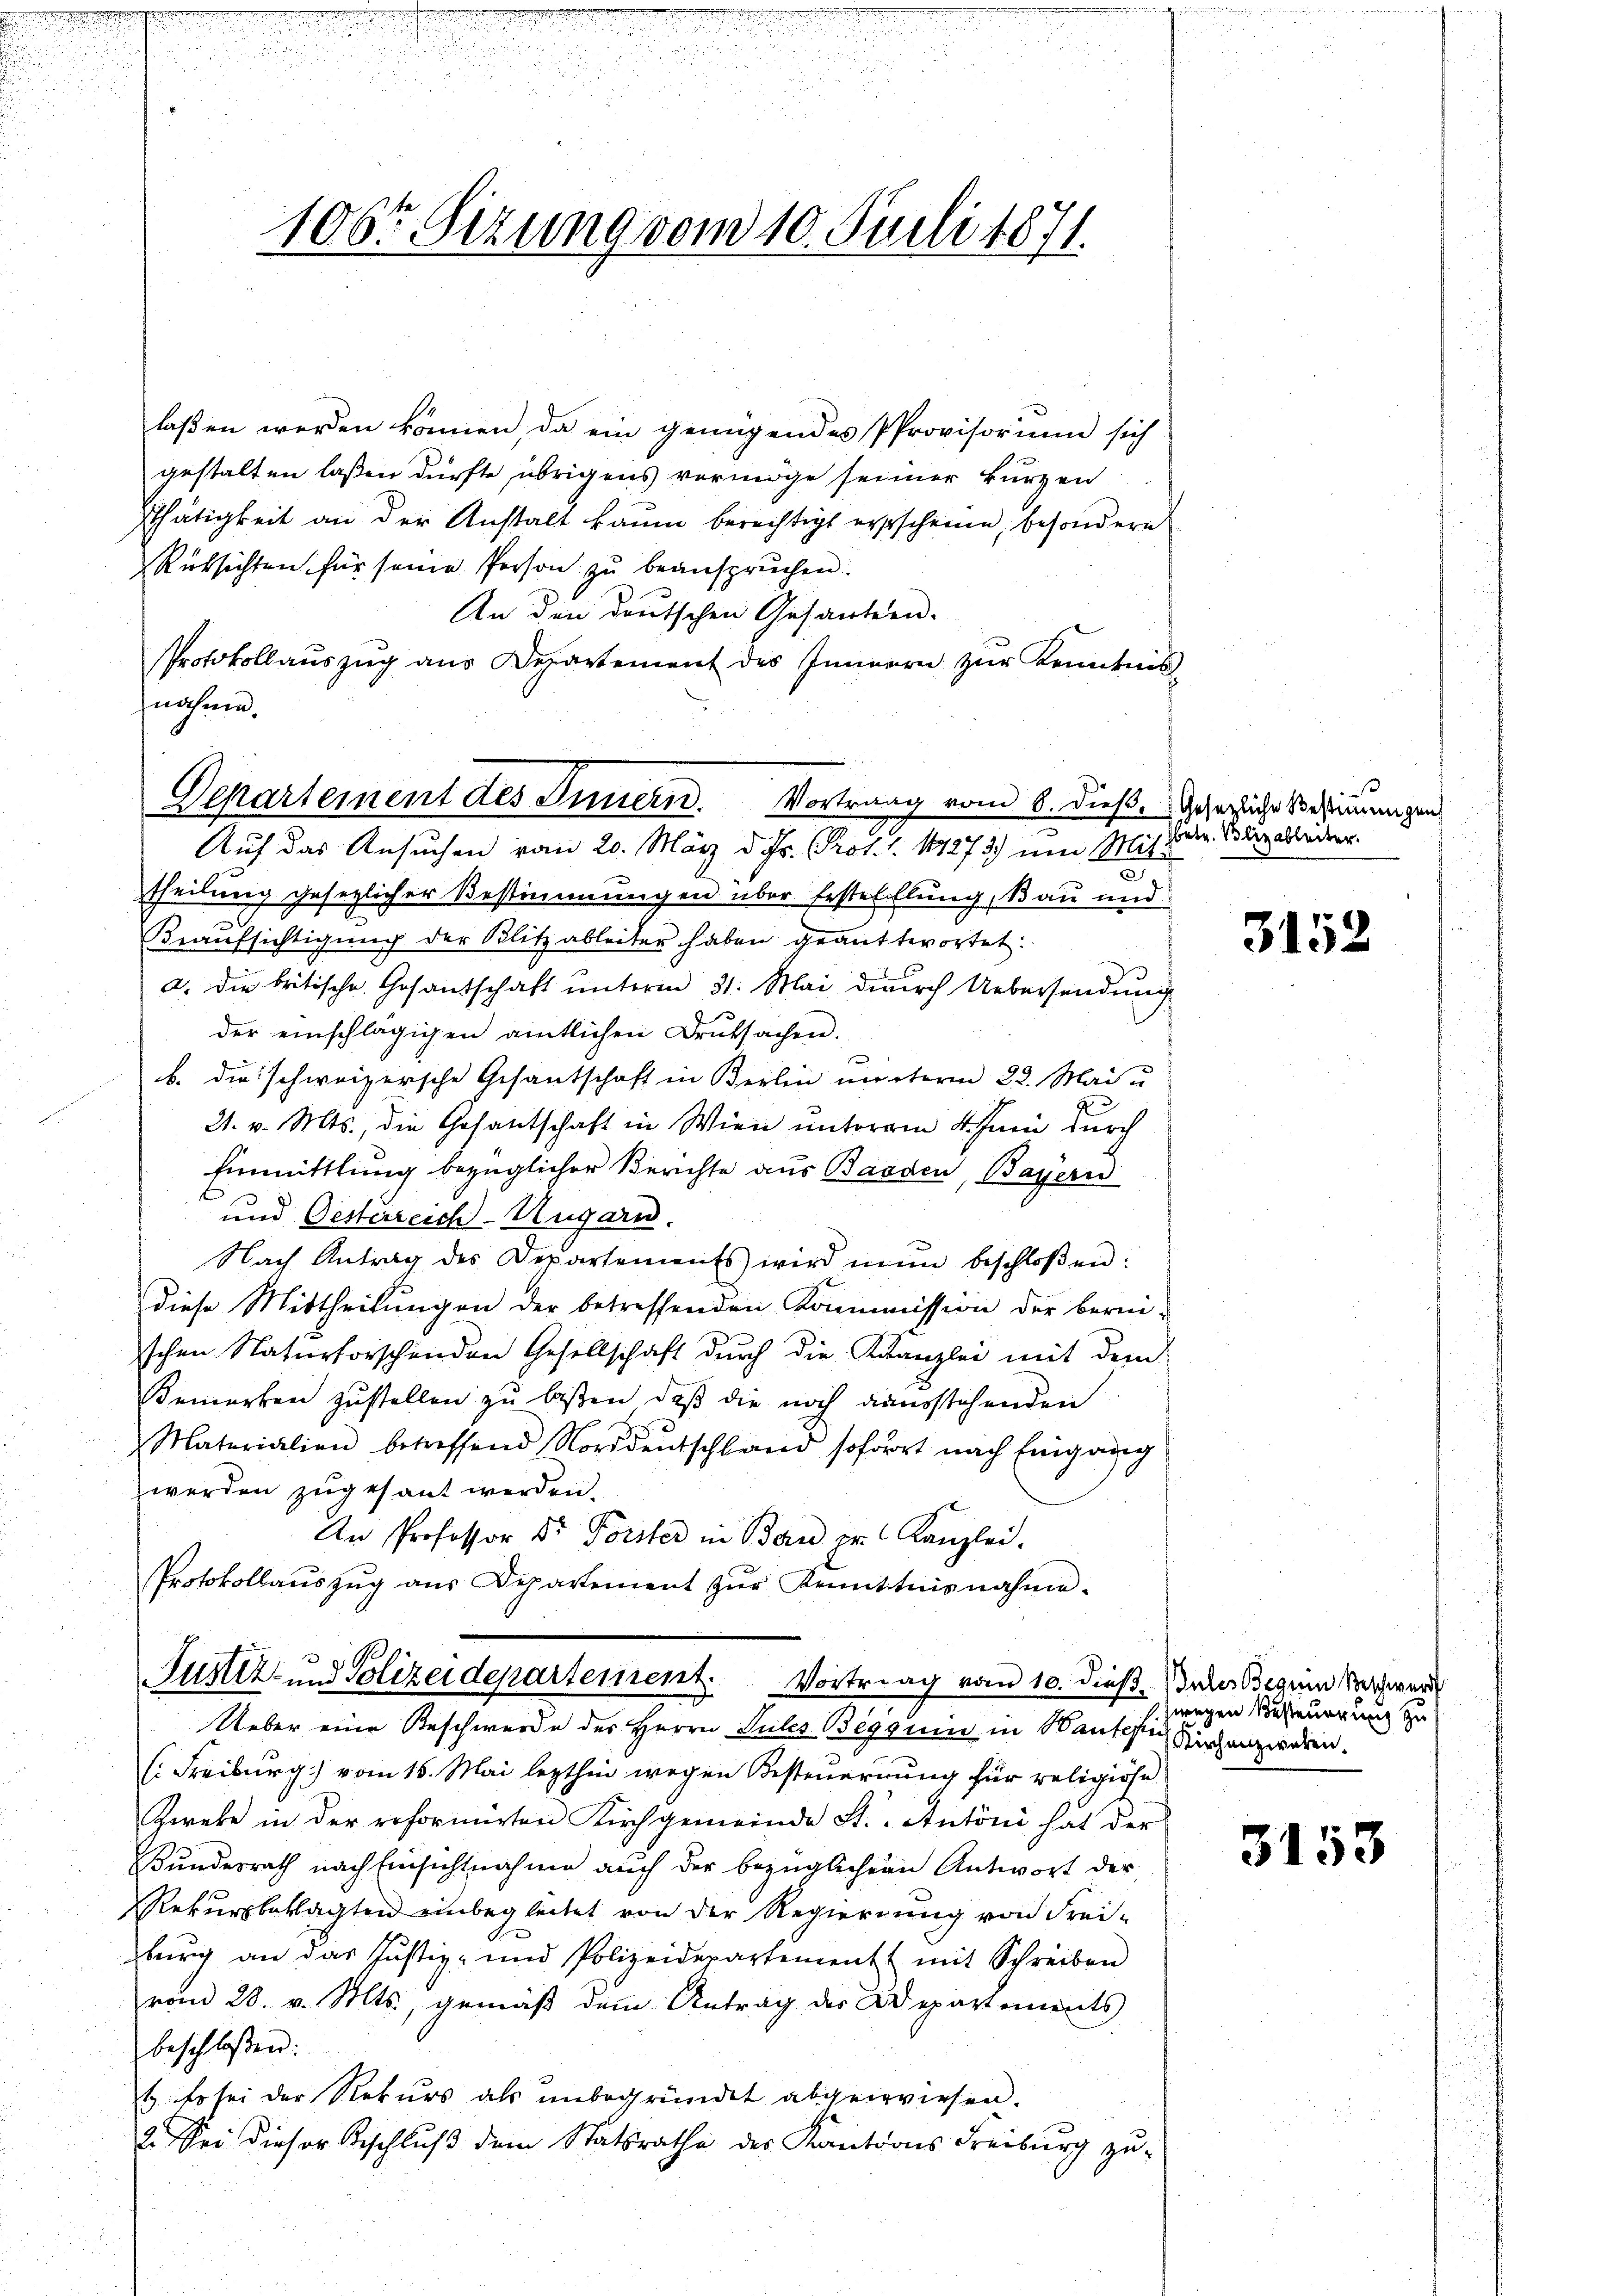
106r Sizung vom 10. Juli 1871.

laßen werden können, da ein genügendes Provisorium sich
gestalten laßen dürfte übrigens vermöge seiner kurzen
Thätigkeit an der Anstalt kaum berechtigt erscheine, besondere
Rüksichten für seine Person zŭ beansprŭchen.
An den deutschen Gesantern.
PProtokollaŭszŭg aŭs Departement des Innern zŭr Kenntnis-
nähme.
Auf das Ansuchen vom 20. März d. Js. Prot. 1. 181273) um Mit¬
.
theilung gesezlicher Bestimmungen über Erstelllung, Bau und
Beaufsichtigung der Blitzableiter haben geantwortet.
a. die britische Gesandschaft ŭnterm 31. Mai durch Uebersendŭng
der einschlägigen amtlichen Druksachen.
b. die schweizersche Gesantschaft in Berlin munterm 22. Mai u
21. v. Mts., die Gesantschaft in Wien unterem 4. Juni durch
Einmittlung bezüglicher Berichte aus Baaden, Bayern
und Oesterreich-Ungarn.
Nach Antrag des Departements wird nun beschloßen:
diese Mittheilungen der betreffenden Kommission der bereischen Naturforschenden Gesellschaft durch die Kanzlei mit dem
Bemerken zustellen zu laßen, daß die noch ausstehenden
Materialien betreffend Norddeutschland sofort nach Eingang
werden zugesant werden.
An Professor Dr. Forster in Bern pr. Kanzlei.
Protokollaŭszŭg aŭs Departement zŭr Kenntnisnahme.
Justiz- und Polizeidepartement. Vortrag vom 10. dieß. Julis Beguin Nachwer
Ueber eine Beschwerde des Herrn Sules Beguin in Bauten Kirchenzwaren.
(Freiburg) vom 15. Mai lezthin wegen Besteuerrung für religiöse
Zweke in der erformirten Kirchgemeinde St.- Antoni hat der
Bundesrath nach Einsichtnahme auch der bezüglichern Antwort der
Rekursbeklagten einbegleitet von der Regierung von Frei-
bürig an das Justiz- und Polizeidepartement mit Schreiben
vom 28. v. Mts., gemäß dem Antrag des Departements
beschlossen:
b. Es sei der Rekurs als unbegründet abgewiesen.
2. Sei dieser Beschluß dem Statsrathe des Kantons Freiburg zu-

Departement des Innern. Vortrang vom 6. dieß. Gesezliche Bestimmungen

betr. Blizableiter.

3152

wegen Besteuerung zu

3153